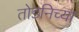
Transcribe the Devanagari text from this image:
तोडनिच्या